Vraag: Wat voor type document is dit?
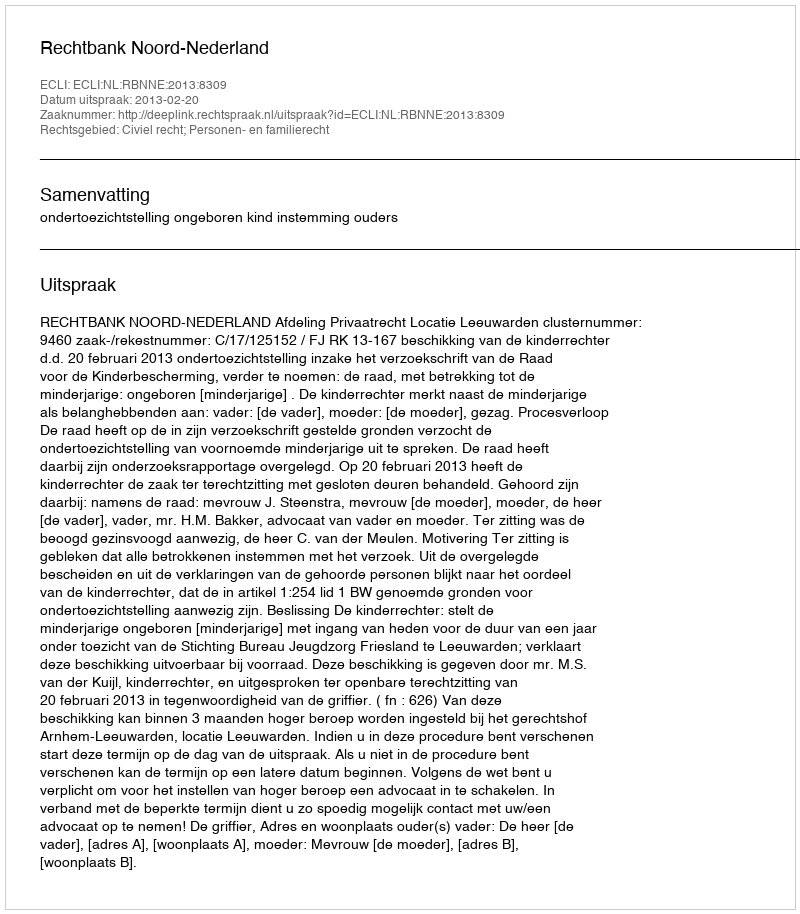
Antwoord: Uitspraak